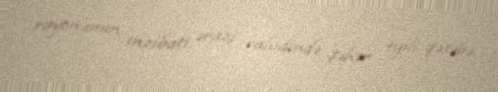
rayonunun inzibati ərazi vahidində şəhər tipli qəsəbə.